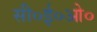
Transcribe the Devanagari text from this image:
सी०ई०ओ०